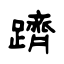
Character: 躋